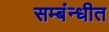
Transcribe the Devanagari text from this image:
सम्बंन्धीत